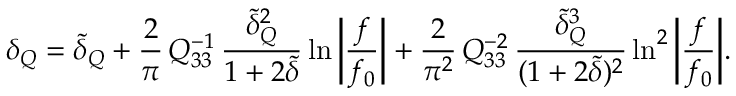
\delta _ { Q } = \tilde { \delta } _ { Q } + \frac { 2 } { \pi } \, Q _ { 3 3 } ^ { - 1 } \, \frac { \tilde { \delta } _ { Q } ^ { 2 } } { 1 + 2 \tilde { \delta } } \ln { \bigg | \frac { f } { f _ { 0 } } \bigg | } + \frac { 2 } { \pi ^ { 2 } } \, Q _ { 3 3 } ^ { - 2 } \, \frac { \tilde { \delta } _ { Q } ^ { 3 } } { ( 1 + 2 \tilde { \delta } ) ^ { 2 } } \ln ^ { 2 } { \bigg | \frac { f } { f _ { 0 } } \bigg | } .